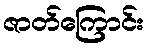
ဇာတ်ကြောင်း